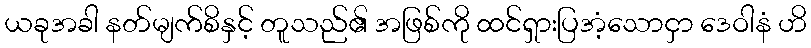
ယခုအခါ နတ်မျက်စိနှင့် တူသည်၏ အဖြစ်ကို ထင်ရှားပြအံ့သောငှာ ဒေဝါနံ ဟိ